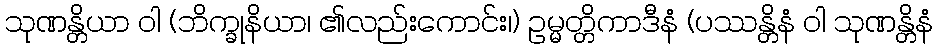
သုဏန္တိယာ ဝါ (ဘိက္ခုနိယာ၊ ၏လည်းကောင်း၊) ဥမ္မတ္တိကာဒီနံ (ပဿန္တိနံ ဝါ သုဏန္တိနံ